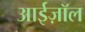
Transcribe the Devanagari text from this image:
आईज़ॉल